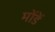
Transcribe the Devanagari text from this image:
मोंडें